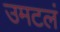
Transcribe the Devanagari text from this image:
उमटलं